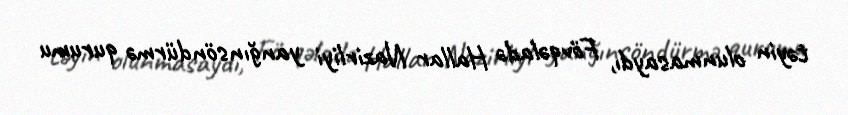
təyin olunmasaydı, Fövqəladə Hallar Nazirliyi yanğınsöndürmə qurumu